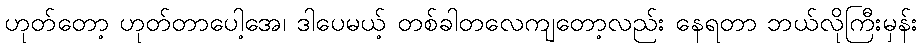
ဟုတ်တော့ ဟုတ်တာပေါ့အေ၊ ဒါပေမယ့် တစ်ခါတလေကျတော့လည်း နေရတာ ဘယ်လိုကြီးမှန်း